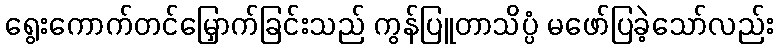
ရွေးကောက်တင်မြှောက်ခြင်းသည် ကွန်ပြူတာသိပ္ပံ မဖော်ပြခဲ့သော်လည်း